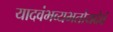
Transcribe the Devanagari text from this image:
यादवंभव्यभतोयदेवं